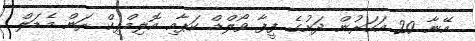
އޭނާ 20 އަހަރުން ދަށުގެ ފީފާ ވޯލްޑް ކަޕާއި އޮލިމްޕިކް ރަން މެޑަލް